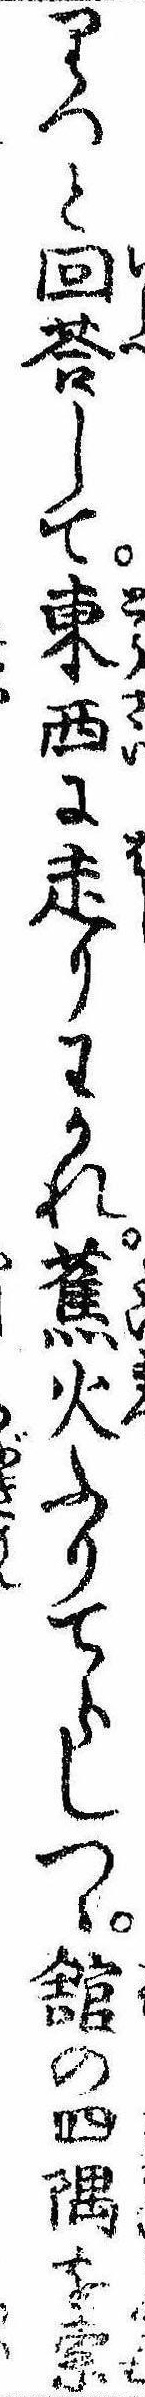
りつと回答して東西に走りわかれ蕉火ふりてらしつゝ館の四隅を索